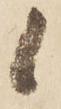
候